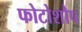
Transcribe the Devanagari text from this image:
फोटोशौप